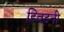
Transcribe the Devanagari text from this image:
हिवटनी